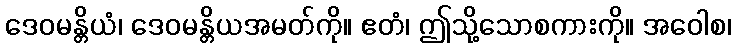
ဒေဝမန္တိယံ၊ ဒေဝမန္တိယအမတ်ကို။ ဧတံ၊ ဤသို့သောစကားကို။ အဝေါစ၊